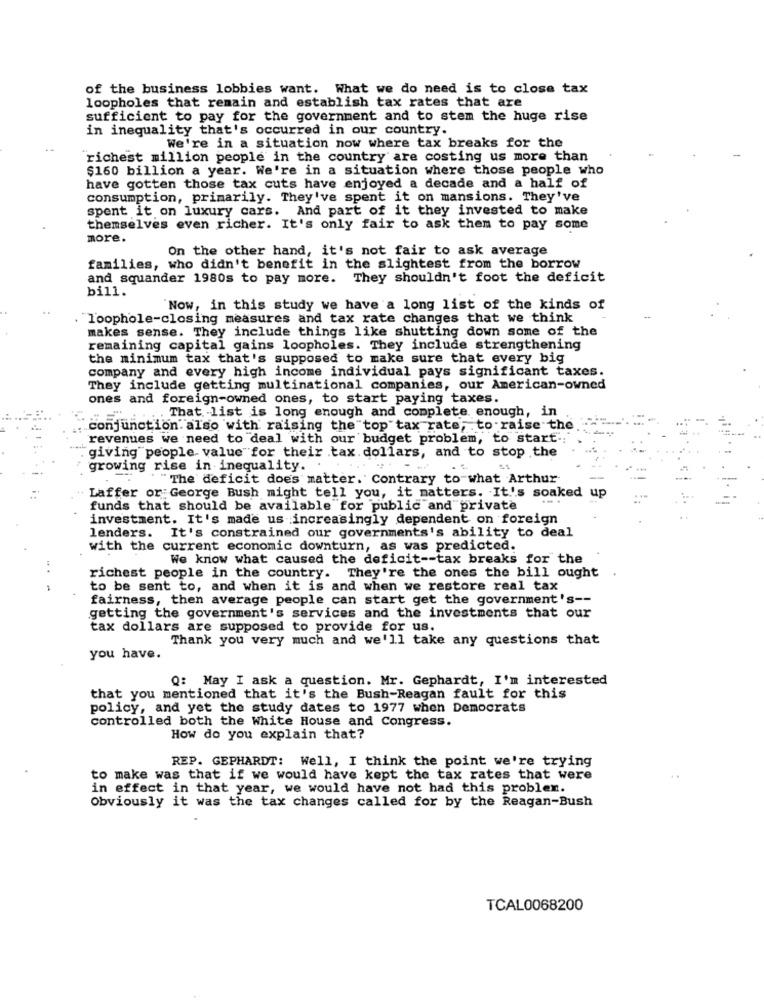
of the business lobbies want. What we do need is to close tax
loopholes that remain and establish tax rates that are
sufficient to pay for the government and to stem the huge rise
in inequality that's occurred in our country.
We're in a situation now where tax breaks for the
"richest million people in the country are costing us more than
$160 billion a year. We're in a situation where those people who
have gotten those tax cuts have enjoyed a decade and a half of
consumption, primarily. They've spent it on mansions. They've
spent it on luxury cars. And part of it they invested to make
themselves even richer. It's only fair to ask them to pay some
more.
On the other hand, it's not fair to ask average
families, who didn't benefit in the slightest from the borrow
and squander 1980s to pay more.
They shouldn't foot the deficit
bill.
Now, in this study we have a long list of the kinds of
loophole-closing measures and tax rate changes that we think
makes sense. They include things like shutting down some of the
remaining capital gains loopholes. They include strengthening
the minimum tax that's supposed to make sure that every big
company and every high income individual pays significant taxes.
They include getting multinational companies, our American-owned
ones and foreign-owned ones, to start paying taxes.
That list is long enough and complete. enough, in
conjunction. also with raising the top tax rate, to raise the
revenues we need to deal with our budget problem, to start -;
giving people value for their tax. dollars, and to stop the
growing rise in inequality. .
"The deficit does matter. Contrary to what Arthur
Laffer or George Bush might tell you, it matters. It's soaked up
funds that should be available for public and private
investment. It's made us increasingly dependent on foreign
lenders. It's constrained our governments's ability to deal
with the current economic downturn, as was predicted.
We know what caused the deficit -- tax breaks for the
richest people in the country. They're the ones the bill ought
to be sent to, and when it is and when we restore real tax
fairness, then average people can start get the government's --
getting the government's services and the investments that our
tax dollars are supposed to provide for us.
Thank you very much and we'll take any questions that
you have.
Q: May I ask a question. Mr. Gephardt, I'm interested
that you mentioned that it's the Bush-Reagan fault for this
policy, and yet the study dates to 1977 when Democrats
controlled both the White House and Congress.
How do you explain that?
REP. GEPHARDT: Well, I think the point we're trying
to make was that if we would have kept the tax rates that were
in effect in that year, we would have not had this problem.
Obviously it was the tax changes called for by the Reagan-Bush
TCAL0068200